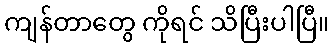
ကျန်တာတွေ ကိုရင် သိပြီးပါပြီ။